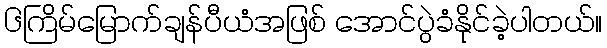
၆ကြိမ်မြောက်ချန်ပီယံအဖြစ် အောင်ပွဲခံနိုင်ခဲ့ပါတယ်။